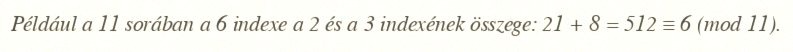
Például a 11 sorában a 6 indexe a 2 és a 3 indexének összege: 21 + 8 = 512 ≡ 6 (mod 11).